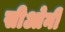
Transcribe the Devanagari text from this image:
सीओनी